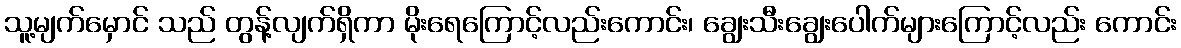
သူ့မျက်မှောင် သည် တွန့်လျက်ရှိကာ မိုးရေကြောင့်လည်းကောင်း၊ ချွေးသီးချွေးပေါက်များကြောင့်လည်း ကောင်း